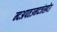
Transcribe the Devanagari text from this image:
म्दअपतउमदजंसपेउ